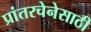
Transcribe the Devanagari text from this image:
प्रांतरचेनेसाठी